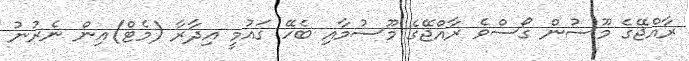
ރާއްޖޭގެ މޫސުން ގޯސްވެ ރާއްޖޭގެ މޫސުމާއި ބެހޭ ގައުމީ އިދާރާ (މެޓް)އިން ނެރުނު